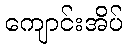
ကျောင်းအိပ်